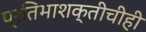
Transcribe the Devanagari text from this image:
प्रतिभाशक्तीचीही